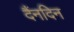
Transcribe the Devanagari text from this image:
दैंनदिन